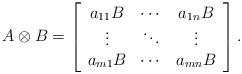
LaTeX: \begin{align*}A \otimes B =\left[\begin{array}{ccc}a_{11}B & \cdots & a_{1n}B \\\vdots & \ddots & \vdots \\a_{m1}B & \cdots & a_{mn}B\end{array}\right].\end{align*}